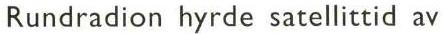
Rundradion hyrde satellittid av